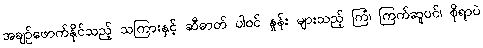
အချဉ်ဖောက်နိုင်သည့် သကြားနှင့် ဆီဓာတ် ပါဝင် နှုန်း များသည့် ကြံ၊ ကြက်ဆူပင်၊ စိုရာပဲ